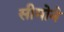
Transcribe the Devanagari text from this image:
सीमोने